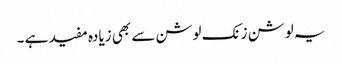
یہ لوشن زنک لوشن سے بھی زیادہ مفید ہے ۔